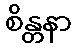
စိန္တနာ